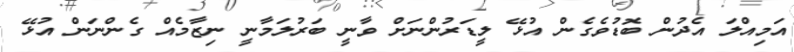
އަމިއްލަ އެދުން ބޮޑުވެގެން އުޅޭ ލީޑަރުންނަށް ވާނީ ބަރުލަމާނީ ނިޒާމެއް ގެންނަން އުޅޭ